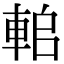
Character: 𨋱